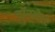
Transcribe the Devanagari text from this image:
वॉरनेटर